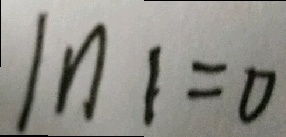
\ln 1 = 0